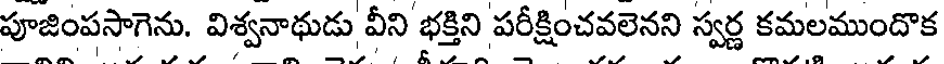
పూజింపసాగెను. విశ్వనాథుడు వీని భక్తిని పరీక్షించవలెనని స్వర్ణ కమలముందొక